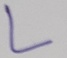
Text: L